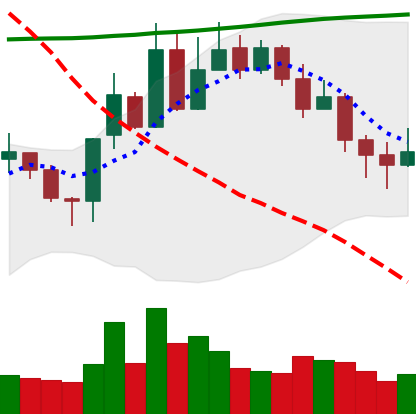
Ticker: XLM-USD
Chart end date: 2020-10-31
Forward return: 3.221%
Label: up_3_5